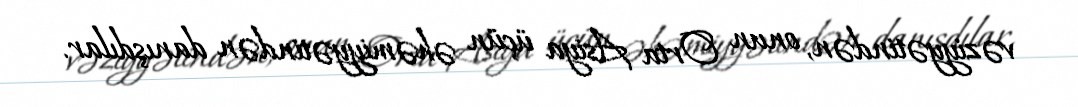
vəziyyətindən, onun Orta Asiya üçün əhəmiyyətindən danışdılar.